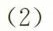
(2)